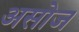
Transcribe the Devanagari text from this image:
असोज